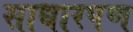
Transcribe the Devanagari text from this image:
साधारपण